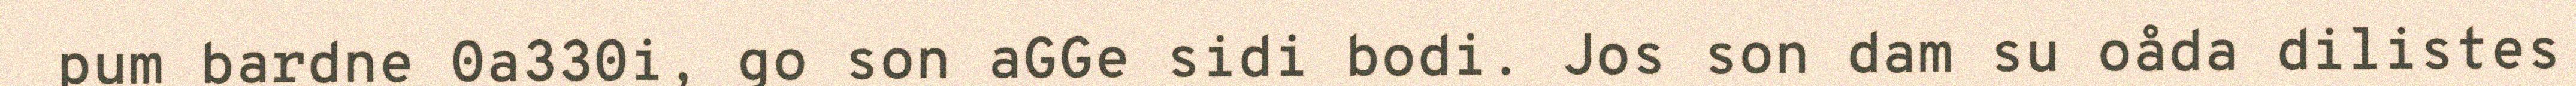
pum bardne 0a330i, go son aGGe sidi bodi. Jos son dam su oåda dilistes